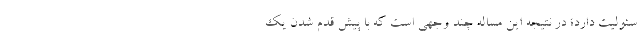
سئولیت دارد؛ در نتیجه این مساله چند وجهی است که با پیش قدم شدن یک